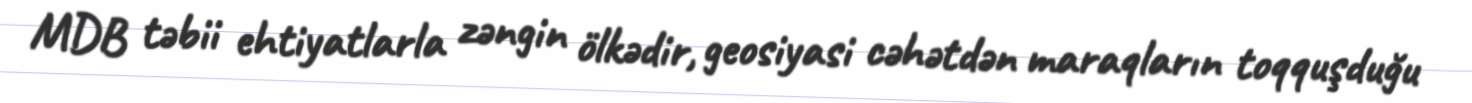
MDB təbii ehtiyatlarla zəngin ölkədir, geosiyasi cəhətdən maraqların toqquşduğu